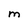
Character: M